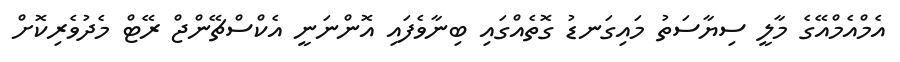
އެމްއެމްއޭގެ މާލީ ސިޔާސަތު މައިގަނޑު ގޮތެއްގައި ބިނާވެފައި އޮންނަނީ އެކްސްޗޭންޖް ރޭޓް މެދުވެރިކޮށް